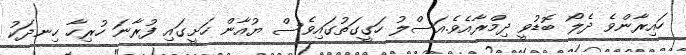
ހައިރާންވެ ދެލޯ ބޮޑުވީ ދިމްރާއެވެ.އަސްލު ހަގީގަތުގައިވެސް ޔުއާން ހަށީގައި ފުރާނަ ހުރިހާ ހިނދަކު